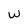
Character: W